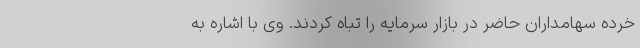
خرده سهامداران حاضر در بازار سرمایه را تباه کردند. وی با اشاره به